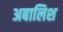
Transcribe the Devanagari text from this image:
अबालिश